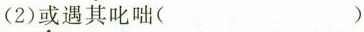
(2)\underset{·}{或}遇其叱咄( )